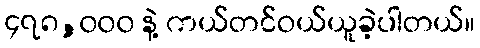
၄၇၈,၀၀၀ နဲ့ ကယ်တင်ဝယ်ယူခဲ့ပါတယ်။